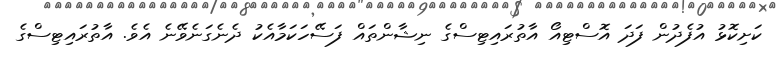
ކަށިކޮޅު އުފެދުން ފަދަ އޮސްޓިއޯ އާތުރައިޓިސްގެ ނިޝާންތައް ފަސޭހަކަމާއެކު ދެނެގަނެވޭނެ އެވެ. އާތުރައިޓިސްގެ